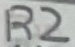
Text: R2